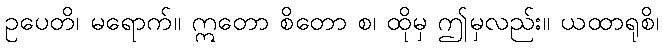
ဥပေတိ၊ မရောက်။ ဣတော စိတော စ၊ ထိုမှ ဤမှလည်း။ ယထာရုစိ၊